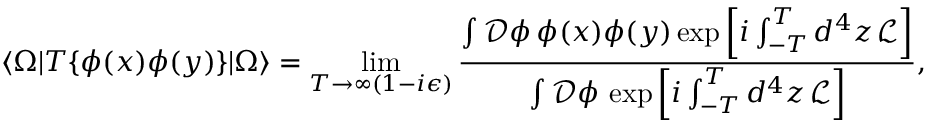
\langle \Omega | T \{ \phi ( x ) \phi ( y ) \} | \Omega \rangle = \operatorname* { l i m } _ { T \to \infty ( 1 - i \epsilon ) } { \frac { \int { \mathcal { D } } \phi \, \phi ( x ) \phi ( y ) \exp \left[ i \int _ { - T } ^ { T } d ^ { 4 } z \, { \mathcal { L } } \right] } { \int { \mathcal { D } } \phi \, \exp \left[ i \int _ { - T } ^ { T } d ^ { 4 } z \, { \mathcal { L } } \right] } } ,